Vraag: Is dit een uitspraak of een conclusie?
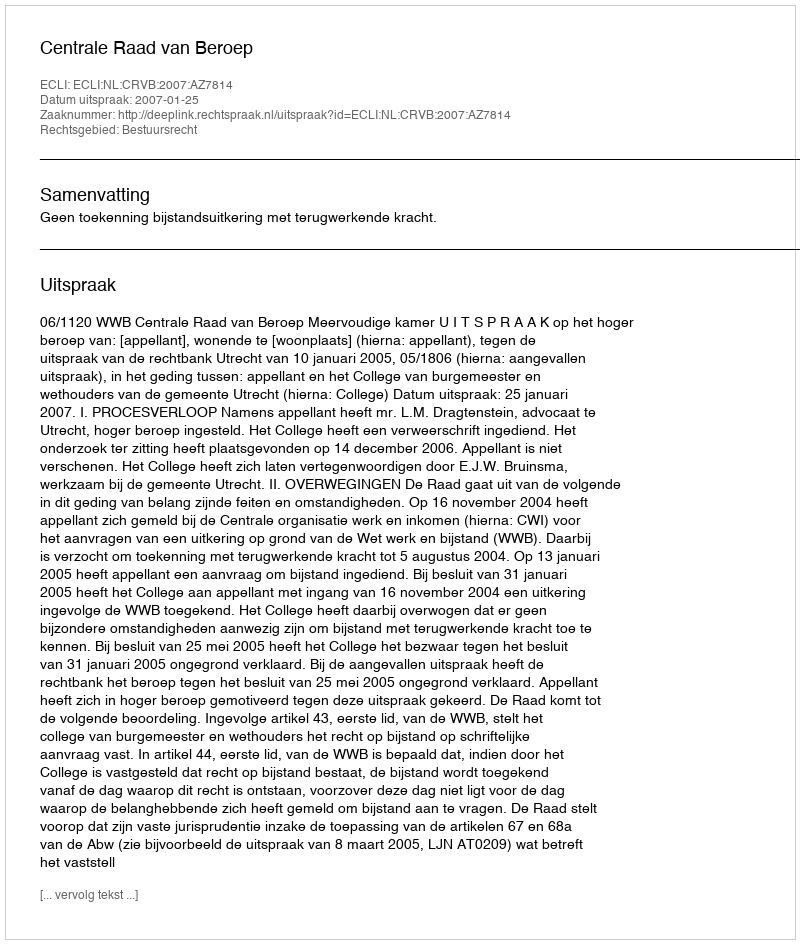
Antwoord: Uitspraak